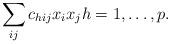
LaTeX: \begin{align*}\sum_{ij} c_{hij} x_i x_jh=1,\ldots,p.\end{align*}